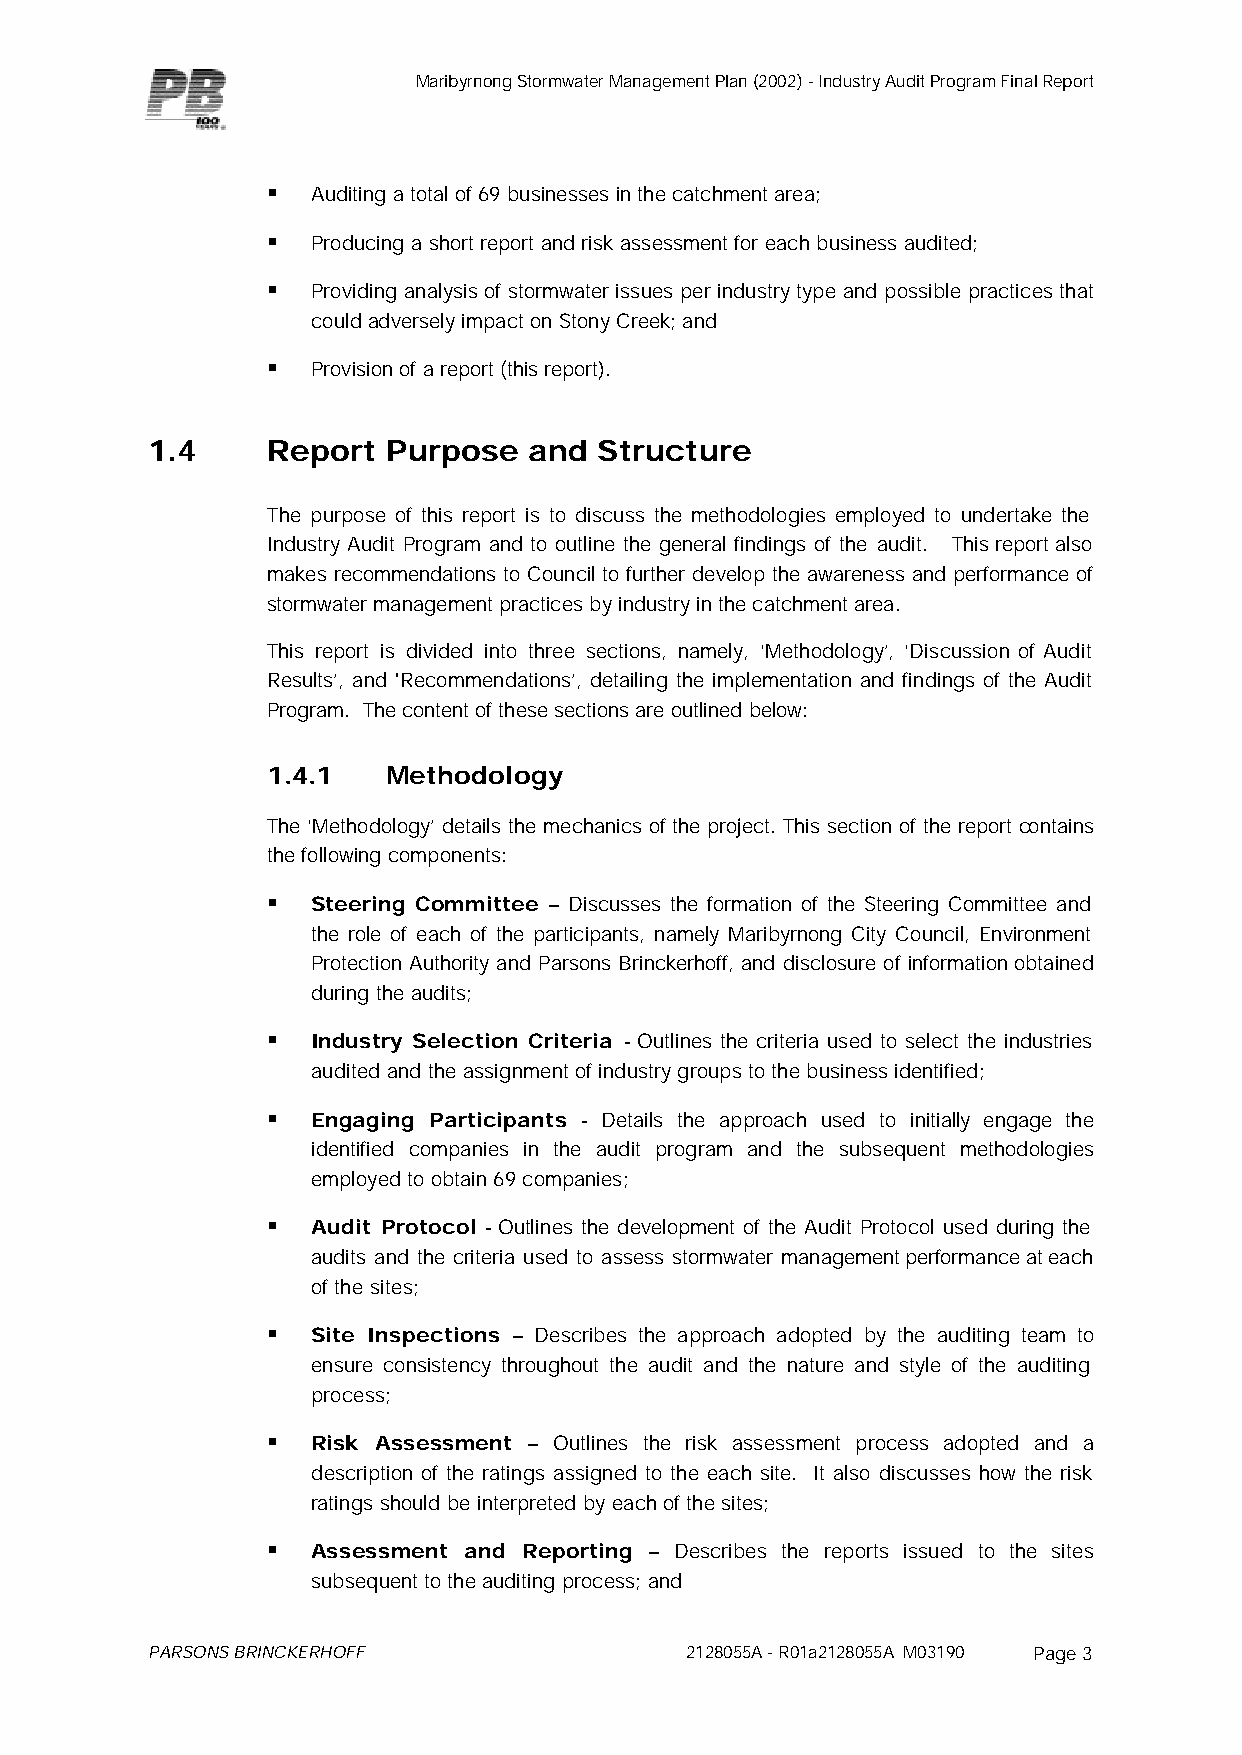
Maribyrnong Stormwater Management Plan (2002) - Industry Audit Program Final Report
 §  Auditing a total of 69 businesses in the catchment area;
 §  Producing a short report and risk assessment for each business audited;
 §  Providing analysis of stormwater issues per industry type and possible practices that
 could adversely impact on Stony Creek; and
 §  Provision of a report (this report).
 1.4     Report  Purpose  and  Structure
 The purpose of this report is to discuss the methodologies employed to undertake the
 Industry Audit Program and to outline the general findings of the audit. This report also
 makes recommendations to Council to further develop the awareness and performance of
 stormwater management practices by industry in the catchment area.
 This report is divided into three sections, namely, ‘Methodology’, ‘Discussion of Audit
 Results’, and 'Recommendations’, detailing the implementation and findings of the Audit
 Program. The content of these sections are outlined below:
 1.4.1   Methodology
 The ‘Methodology’ details the mechanics of the project. This section of the report contains
 the following components:
 §  Steering Committee – Discusses the formation of the Steering Committee and
 the role of each of the participants, namely Maribyrnong City Council, Environment
 Protection Authority and Parsons Brinckerhoff, and disclosure of information obtained
 during the audits;
 §  Industry Selection Criteria - Outlines the criteria used to select the industries
 audited and the assignment of industry groups to the business identified;
 §  Engaging Participants - Details the approach used to initially engage the
 identified companies in the audit program and the subsequent methodologies
 employed to obtain 69 companies;
 §  Audit Protocol - Outlines the development of the Audit Protocol used during the
 audits and the criteria used to assess stormwater management performance at each
 of the sites;
 §  Site Inspections – Describes the approach adopted by the auditing team to
 ensure consistency throughout the audit and the nature and style of the auditing
 process;
 §  Risk Assessment – Outlines the risk assessment process adopted and a
 description of the ratings assigned to the each site. It also discusses how the risk
 ratings should be interpreted by each of the sites;
 §  Assessment and Reporting – Describes the reports issued to the sites
 subsequent to the auditing process; and
 PARSONS BRINCKERHOFF               2128055A - R01a2128055A M03190 Page 3